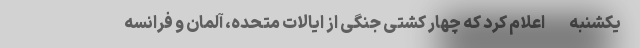
-یکشنبه- اعلام کرد که چهار کشتی جنگی از ایالات متحده، آلمان و فرانسه